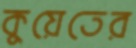
কুয়েতের